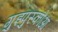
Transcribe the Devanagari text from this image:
गुइपुस्कोआ